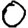
Digit: 0